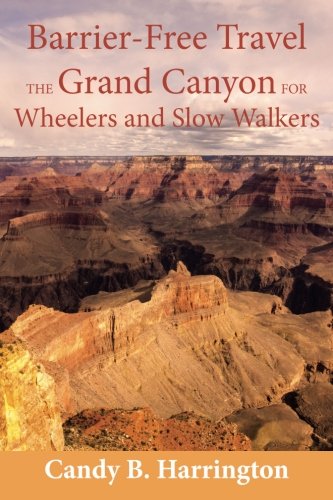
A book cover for Barrier-Free Travel; The Grand Canyon for Wheelers and Slow Walkers; Candy B. Harrington; Travel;